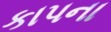
કાપના